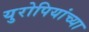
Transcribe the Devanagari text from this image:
युरोपियांच्या